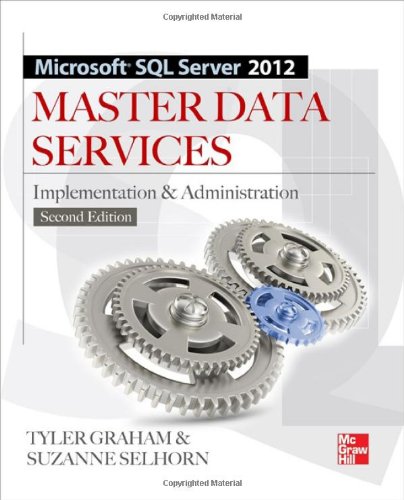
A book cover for Microsoft SQL Server 2012 Master Data Services 2/E; Tyler Graham; Computers & Technology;